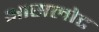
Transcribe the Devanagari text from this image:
आसलोट